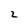
Character: 2